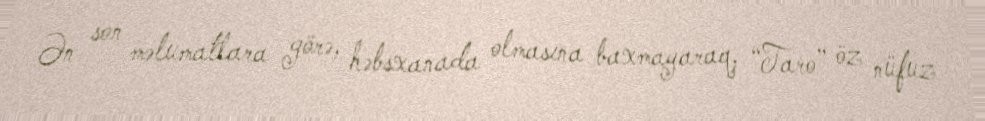
Ən son məlumatlara görə, həbsxanada olmasına baxmayaraq, “Taro” öz nüfuz